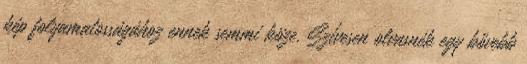
kép folyamatosságához ennek semmi köze. Szívesen olvasnék egy bővebb